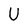
Character: U